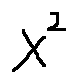
x ^ { 2 }